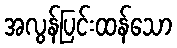
အလွန်ပြင်းထန်သော